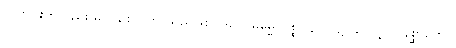
သူတပါးကိုလည်း မပူပ်စေတတ် သည်ဖြစ်။ ဒိဋ္ဌေဝဓမ္မေ၊ ပစ္စုပ္ပန်ဘဝ၌ သာလျှင်။ နိစ္ဆာတော၊